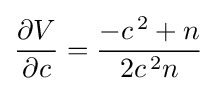
{\frac {\partial V}{\partial c}}={\frac {-{c}^{\,2}+n}{2{c}^{\,2}n}}